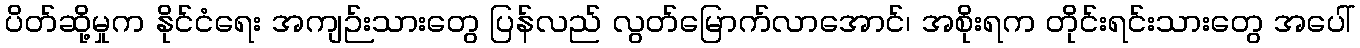
ပိတ်ဆို့မှုက နိုင်ငံရေး အကျဉ်းသားတွေ ပြန်လည် လွတ်မြောက်လာအောင်၊ အစိုးရက တိုင်းရင်းသားတွေ အပေါ်